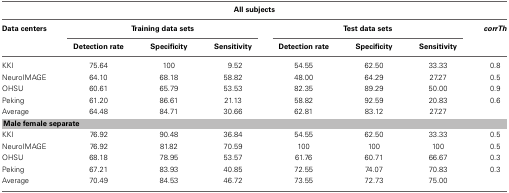
| <COLSPAN=8> All subjects |
 | --- | --- | --- | --- | --- | --- | --- | --- |
 | Data centers | <COLSPAN=3> Training data sets | <COLSPAN=3> Test data sets | corrTh |
 |  | Detection rate | Specificity | Sensitivity | Detection rate | Specificity | Sensitivity |
 | KKI | 75.64 | 100 | 9.52 | 54.55 | 62.50 | 33.33 | 0.8 |
 | NeuroIMAGE | 64.10 | 68.18 | 58.82 | 48.00 | 64.29 | 27.27 | 0.5 |
 | OHSU | 60.61 | 65.79 | 53.53 | 82.35 | 89.29 | 50.00 | 0.9 |
 | Peking | 61.20 | 86.61 | 21.13 | 58.82 | 92.59 | 20.83 | 0.6 |
 | Average | 64.48 | 84.71 | 30.66 | 62.81 | 83.12 | 27.27 |  |
 | <COLSPAN=8> Male female separate |
 | KKI | 76.92 | 90.48 | 36.84 | 54.55 | 62.50 | 33.33 | 0.5 |
 | NeuroIMAGE | 76.92 | 81.82 | 70.59 | 100 | 100 | 100 | 0.5 |
 | OHSU | 68.18 | 78.95 | 53.57 | 61.76 | 60.71 | 66.67 | 0.3 |
 | Peking | 67.21 | 83.93 | 40.85 | 72.55 | 74.07 | 70.83 | 0.3 |
 | Average | 70.49 | 84.53 | 46.72 | 73.55 | 72.73 | 75.00 |  |